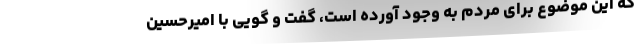
که این موضوع برای مردم به وجود آورده است، گفت و گویی با امیرحسین